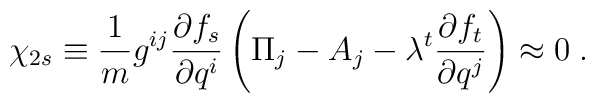
\chi_{2s}\equiv\frac{1}{m}g^{ij}\frac{\partial f_s}{\partial q^i}\left(\Pi_j-A_j-\lambda^t\frac{\partial f_t}{\partial q^j}\right)\approx0 \;.